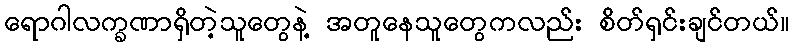
ရောဂါလက္ခဏာရှိတဲ့သူတွေနဲ့ အတူနေသူတွေကလည်း စိတ်ရှင်းချင်တယ်။